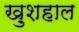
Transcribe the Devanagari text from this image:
खु़शहाल